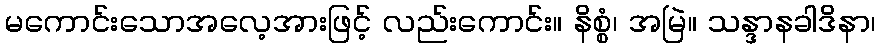
မကောင်းသောအလေ့အားဖြင့် လည်းကောင်း။ နိစ္စံ၊ အမြဲ။ သန္ဒာနခါဒိနာ၊